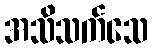
အသိသက်သေ